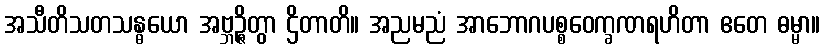
အသီတိသတသန္ဓယော အဗ္ဘဉ္ဇိတွာ ဌိတာတိ။ အညမညံ အာဘောဂပစ္စဝေက္ခဏရဟိတာ ဧတေ ဓမ္မာ။